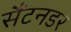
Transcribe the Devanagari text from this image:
सैंटनडर